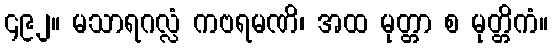
၄၉၂။ မသာရဂလ္လံ ကဗရမဏိ၊ အထ မုတ္တာ စ မုတ္တိကံ။